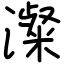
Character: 澯